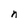
Character: n